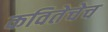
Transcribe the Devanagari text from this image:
कवितेचेच